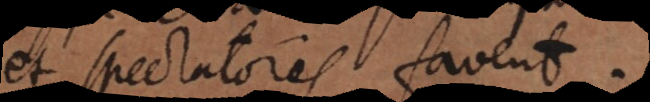
et spectatores favent.